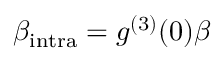
\beta _ { \mathrm { { i n t r a } } } = g ^ { ( 3 ) } ( 0 ) \beta